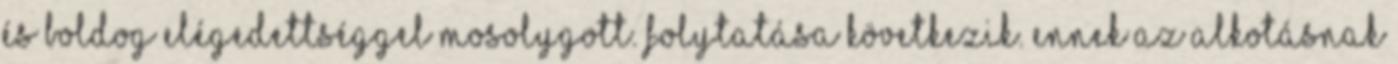
és boldog elégedettséggel mosolygott. Folytatása következik. Ennek az alkotásnak